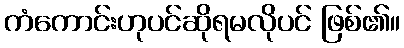
ကံကောင်းဟုပင်ဆိုရမလိုပင် ဖြစ်၏။